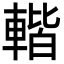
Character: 䡡